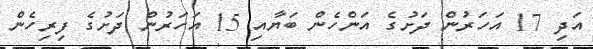
އަދި 17 އަހަރުން ދަށުގެ އަންހެން ބަޔާއި 15 އަހަރުން ދަށުގެ ފިރިހެން